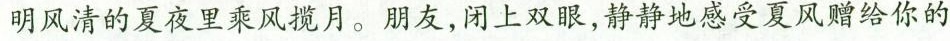
明风清的夏夜里乘风揽月。朋友，闭上双眼，静静地感受夏风赠给你的